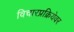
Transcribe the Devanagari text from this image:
विचारप्रक्रियेवर